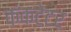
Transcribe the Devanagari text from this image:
कंकटेटर